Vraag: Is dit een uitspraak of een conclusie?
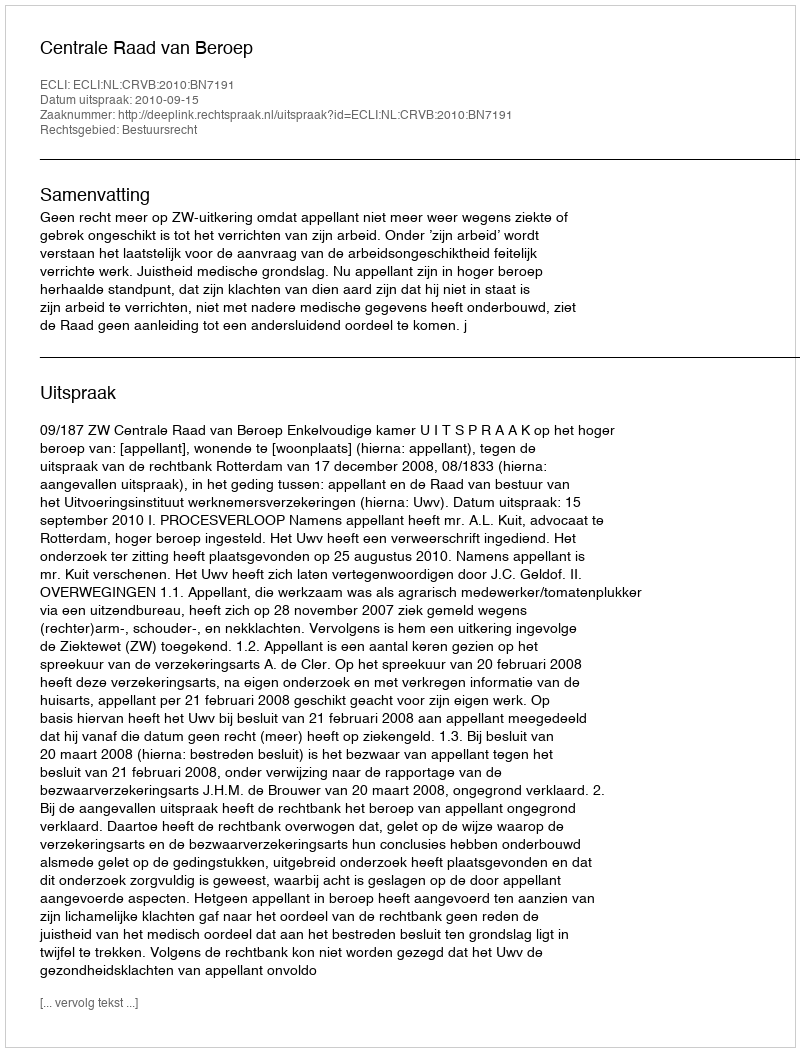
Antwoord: Uitspraak